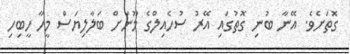
ގޮތަށެވެ. އޭނާ ބުނި ގޮތުގައި އޭރު ސުހެއިލްގެ މޫނަށް ބަލާލިޔަސް މީހާ ހީބިހި